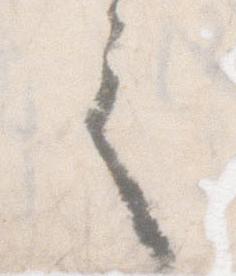
之